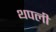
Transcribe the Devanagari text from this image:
थपली